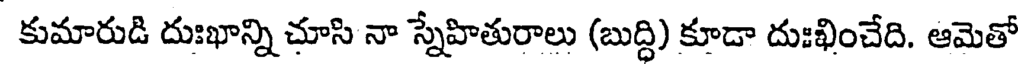
కుమారుడి దుఃఖాన్ని చూసి నా స్నేహితురాలు (బుద్ది) కూడా దుఃఖించేది. ఆమెతో